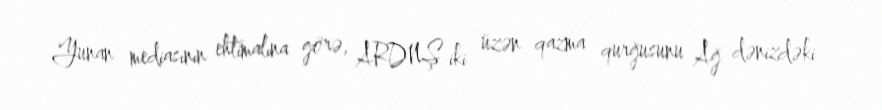
Yunan mediasının ehtimalına görə, ARDNŞ iki üzən qazma qurğusunu Ağ dənizdəki